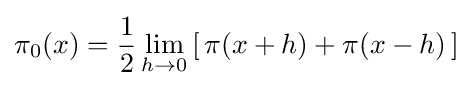
\pi _{0}(x)={\frac {1}{2}}\lim _{h\to 0}\left[\,\pi (x+h)+\pi (x-h)\,\right]